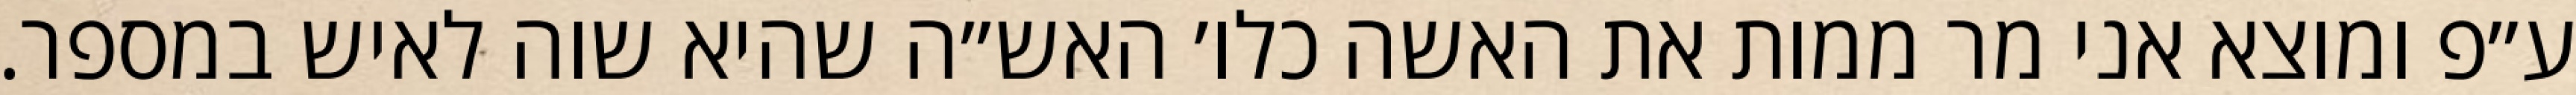
ע״פ ומוצא אני מר ממות את האשה כלו׳ האש״ה שהיא שוה לאיש במספר.